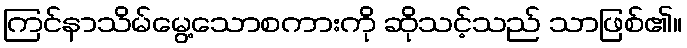
ကြင်နာသိမ်မွေ့သောစကားကို ဆိုသင့်သည် သာဖြစ်၏။